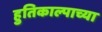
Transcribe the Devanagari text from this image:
हुतिकाल्पाच्या